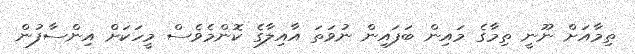
ތިމާއަށް ނޫނީ ތިމާގެ މައިން ބަފައިން ނުވަތަ އާއިލާގެ ކޮންމެވެސް މީހަކަށް އިންސާފުން